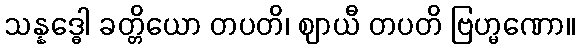
သန္နဒ္ဓေါ ခတ္တိယော တပတိ၊ ဈာယီ တပတိ ဗြဟ္မဏော။